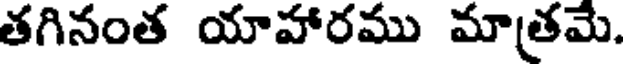
తగినంత యాహారము మాత్రమె.